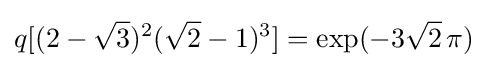
q[(2-{\sqrt {3}})^{2}({\sqrt {2}}-1)^{3}]=\exp(-3{\sqrt {2}}\,\pi )